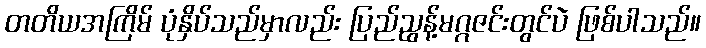
တတိယအကြိမ် ပုံနှိပ်သည်မှာလည်း ပြည်ညွန့်မဂ္ဂဇင်းတွင်ပဲ ဖြစ်ပါသည်။